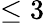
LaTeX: \leq 3